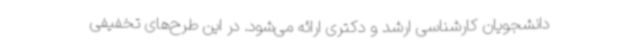
دانشجویان کارشناسی ارشد و دکتری ارائه می‌شود. در این طرح‌های تخفیفی